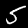
Label: 5